Annual report of the Imperial Bacteriologist
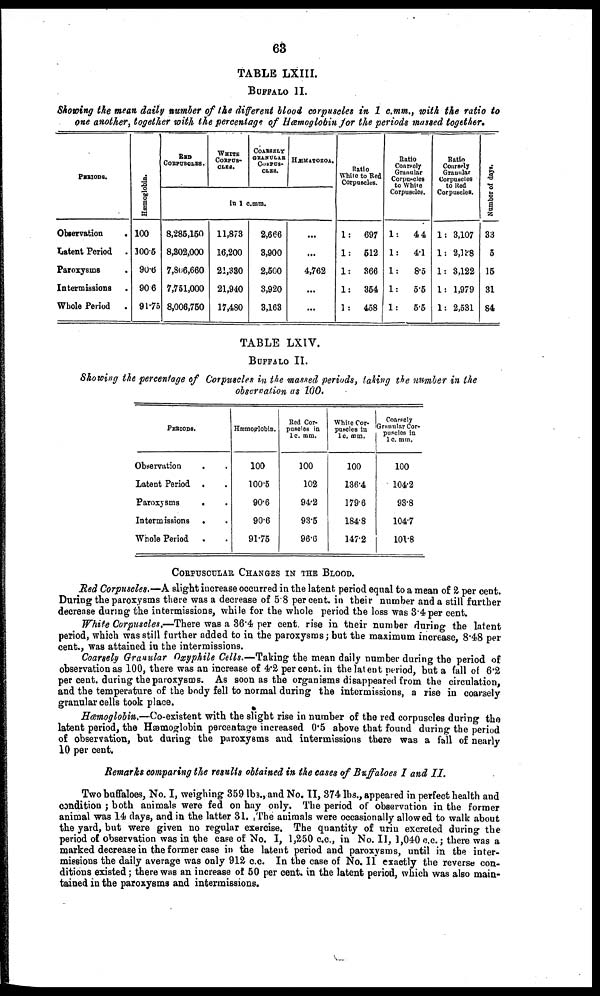
63
TABLE LXIII.
BUFFALO II.
Showing the mean daily number of the different blood corpuscles in 1 c.mm., with the ratio to
one another, together with the percentage of Hæmoglobin for the periods massed together.
PERIODS.
Observation
.
Latent Period .
Paroxysms .
Intermissions .
Whole Period .
Hæmoglobin.
100
100.5
90.6
90.6
91.75
RED
COEPUSCLES.
WHITE
CORPUS¬
CLES.
COARSELY
GRANULAR
CORPUS¬
CLES.
HÆMATOZOA.
in 1 c.mm.
8,285,150
8,302,000
7,806,660
7,751,000
8,006,750
11,873
16,200
21,330
21,940
17,480
2,666
3,900
2,500
3,920
3,163
...
...
4,762
...
...
Ratio
White to Bed
Corpuscles.
1: 697
1: 512
1: 366
1: 354
1: 458
Ratio
Coarsely
Granular
Corpuscles
to White
Corpuscles.
1:
44
1:
4.1
1:
8.5
1:
5.5
1:
5.5
Ratio
Coarsely
Granular
Corpuscles
to Red
Corpuscles.
1: 3,107
1: 2,138
1: 3,122
1: 1,979
1: 2,531
Number of day.
33
5
15
31
84
TABLE LXIV.
BUFFALO II.
Showing the percentage of Corpuscles in the massed periods, taking the number in the
observation as 100.
PERIODS.
Observation
Latent Period
Paroxysms
Intermissions
Whole Period
.
.
.
.
.
.
.
.
.
.
Hæmoglobin.
100
100.5
90.6
90.6
91.75
Red Cor-
puscles in
1 c. mm.
100
102
94.2
93.5
96.6
White Cor-
puscles in
1 c. mm.
100
136.4
179.6
184.8
147.2
Coarsely
Granular Cor-
puscles in
1 c. mm.
100
104.2
93.8
104.7
101.8
CORPUSCULAR CHANGES IN THE BLOOD.
Red Corpuscles.—A slight increase occurred in the latent period equal to a mean of 2 per cent.
During the paroxysms there was a decrease of 5.8 per cent. in their number and a still further
decrease during the intermissions, while for the whole period the loss was 3.4 per cent.
White Corpuscles.—There was a 36.4 per cent. rise in their number during the latent
period, which was still further added to in the paroxysms; but the maximum increase, 8.48 per
cent., was attained in the intermissions.
Coarsely Granular Oxyphile Cells.—Taking the mean daily number during the period of
observation as 100, there was an increase of 4.2 per cent. in the latent period, but a fall of 6.2
per cent. during the paroxysms. As soon as the organisms disappeared from the circulation,
and the temperature of the body fell to normal during the intermissions, a rise in coarsely
granular cells took place.
Hæmoglobin.—Co-existent with the slight rise in number of the red corpuscles during the
latent period, the Hæmoglobin percentage increased 0.5 above that found during the period
of observation, but during the paroxysms and intermissions there was a fall of nearly
10 per cent.
Remarks comparing the results obtained in the cases of Buffaloes I and II.
Two buffaloes, No. I, weighing 359 lbs., and No. II, 374 lbs., appeared in perfect health and
condition ; both animals were fed on hay only. The period of observation in the former
animal was 14 days, and in the latter 31. The animals were occasionally allowed to walk about
the yard, but were given no regular exercise. The quantity of urin excreted during the
period of observation was in the case of No. I, 1,250 c.c., in No. II, 1,040 c.c. ; there was a
marked decrease in the former case in the latent period and paroxysms, until in the inter-
missions the daily average was only 912 c.c. In the case of No. II exactly the reverse con-
ditions existed; there was an increase of 50 per cent. in the latent period, which was also main-
tained in the paroxysms and intermissions.